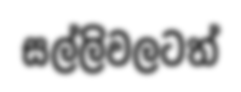
සල්ලිවලටත්